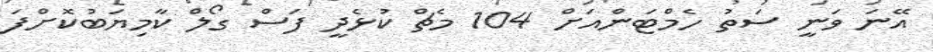
އޭނަ ވަނީ ސަތު ހެމްޓަންއަށް 104 މެޗް ކުޅެދީ ފަސް ގޯލް ކާމިޔަބުކޮށްފަ